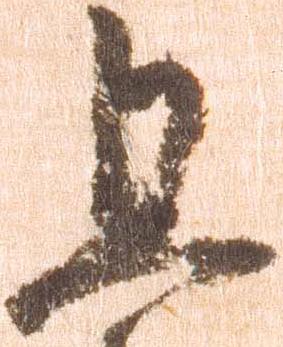
且